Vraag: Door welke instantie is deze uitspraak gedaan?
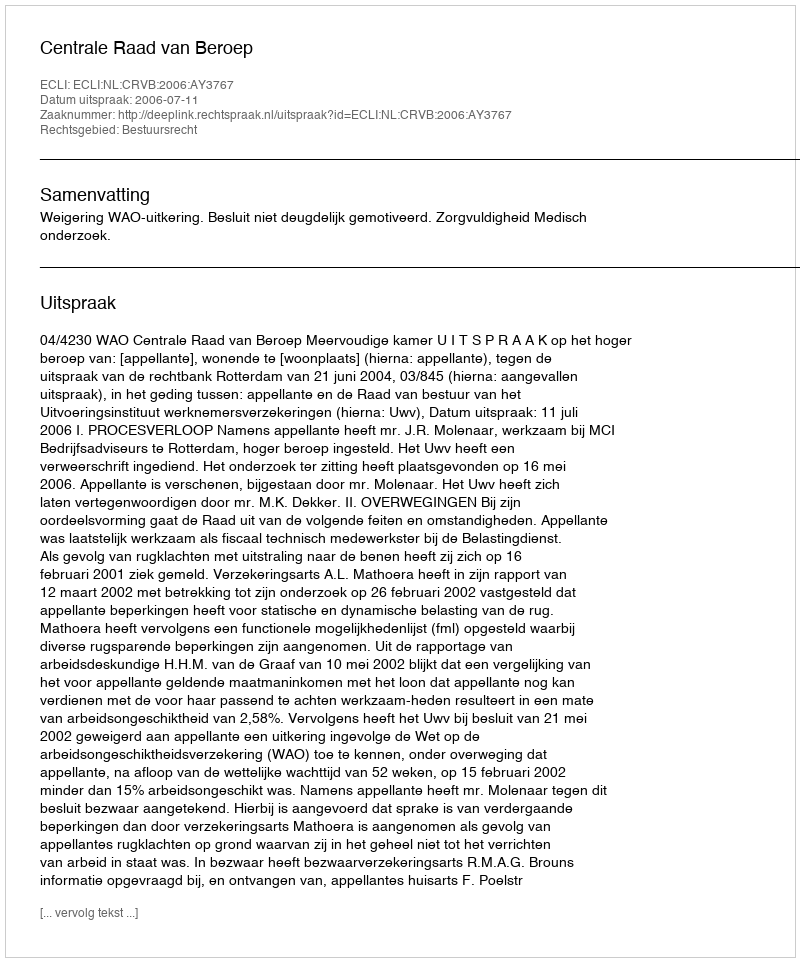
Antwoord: Centrale Raad van Beroep